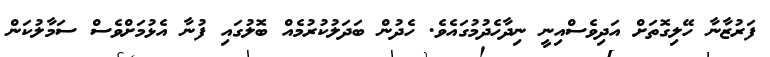
ފަރުޒާނާ ހޭލިގޮތަށް އަދިވެސްއިނީ ނިދާހެދުމުގައެވެ. ހެދުން ބަދަލުކުރުމެއް ބޮލުގައި ފުނާ އެޅުމަށްވެސް ސަމާލުކަން